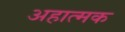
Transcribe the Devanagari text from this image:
अहात्मक